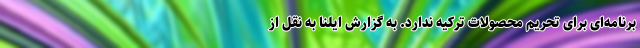
برنامه‌ای برای تحریم محصولات ترکیه ندارد. به گزارش ایلنا به نقل از